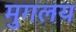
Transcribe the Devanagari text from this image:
मुगलय